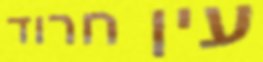
עין חרוד